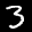
Label: 3